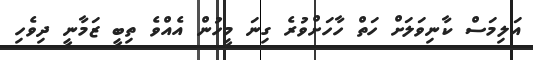
އަލިމަސް ކާނިވަލަށް ހަތް ހާހަށްވުރެ ގިނަ މީހުން އެއްވެ ތިބީ ޒަމާނީ ދިވެހި